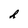
Character: h